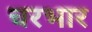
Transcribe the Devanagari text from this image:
चरभार